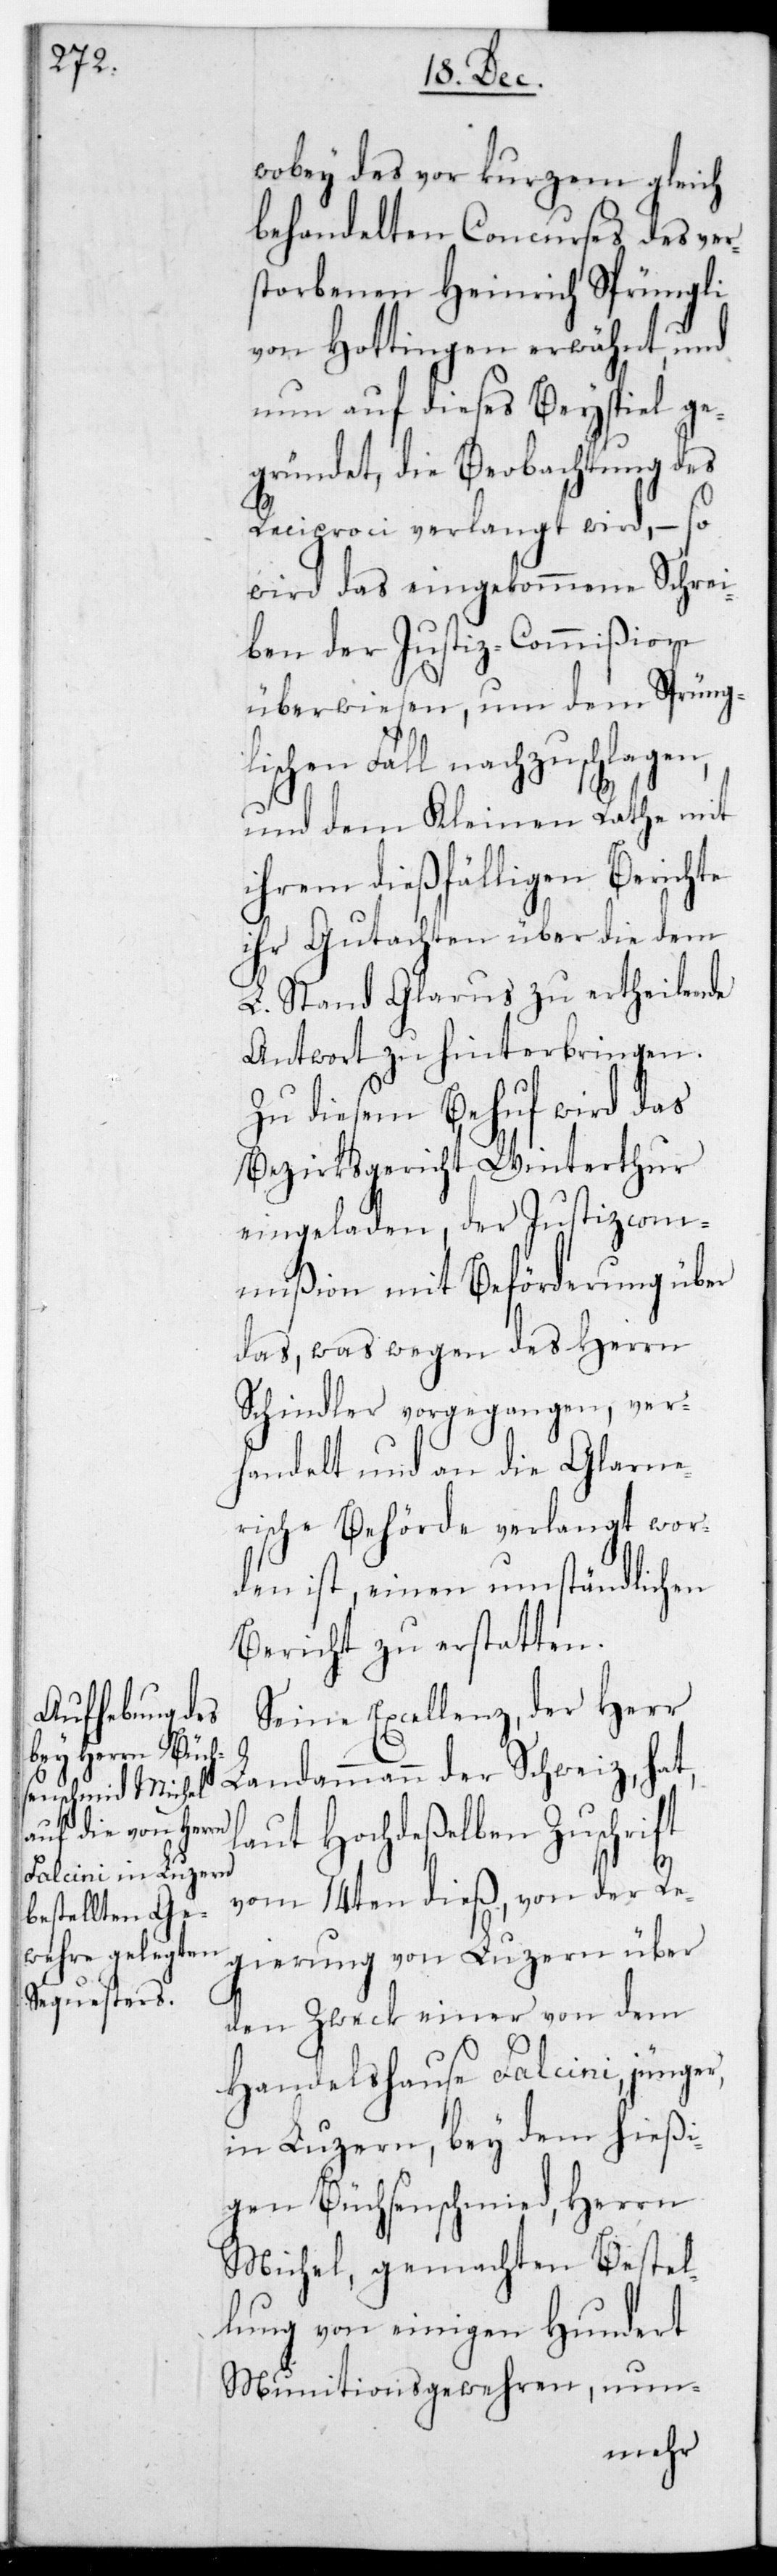
wobey des vor Kurzem gleich
behandelten Concurses des ver¬
storbenen Heinrich Sprüngli
von Hottingen erwähnt, und
nun auf dieses Beispiel ge¬
gründet, die Beobachtung des
Reciproci verlangt wird, – so
wird das eingekommene Schrei¬
ben der Justiz-Commißion
überwiesen, um dem Sprüng¬
lischen Fall nachzuschlagen,
und dem Kleinen Rathe mit
ihrem dießfälligen Berichte
ihr Gutachten über die dem
L. Stand Glarus zu ertheilende
Antwort zu hinterbringen.
Zu diesem Behuf wird das
Bezirksgericht Winterthur
eingeladen, der Justizcommi¬
ßion mit Beförderung über
das, was wegen des Herrn
Schindler vorgegangen, ver¬
handelt und an die Glarne¬
rische Behörde verlangt wor¬
den ist, einen umständlichen
Bericht zu erstatten.
Seine Excellenz der Herr
Landammann der Schweiz hat,
laut Hochdeßelben Zuschrift
vom 14ten dieß, von der Re¬
gierung von Luzern über
den Zweck einer von dem
Handelshause Falcini jünger,
in Luzern bey dem hießi¬
gen Büchsenschmied, Herrn
Michel, gemachten Bestel¬
lung von einigen hundert
Munitionsgewehren, nun-